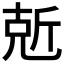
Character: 𠒙